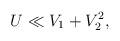
LaTeX: \begin{align*}U \ll V_1 + V_2^2, \end{align*}